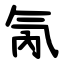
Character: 氝